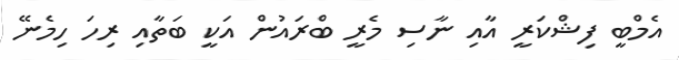
އެމްބީ ފިޝްކަރީ އާއި ނާސި މެރީ ބްރައުން އަކީ ބަތާއި ރިހަ ހިމެނޭ